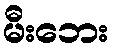
မီးဘေး